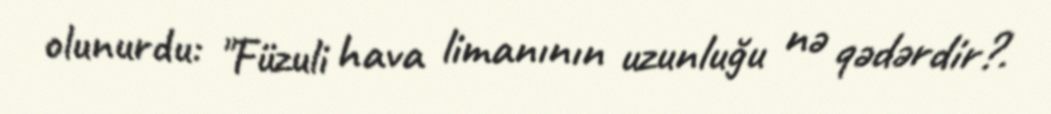
olunurdu: "Füzuli hava limanının uzunluğu nə qədərdir?.